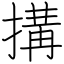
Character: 搆